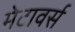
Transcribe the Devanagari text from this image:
मेटावर्स